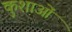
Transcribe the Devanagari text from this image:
कुशाओं